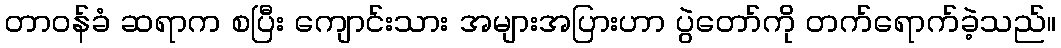
တာဝန်ခံ ဆရာက စပြီး ကျောင်းသား အများအပြားဟာ ပွဲတော်ကို တက်ရောက်ခဲ့သည်။